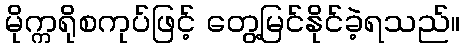
မိုက္ကရိုစကုပ်ဖြင့် တွေ့မြင်နိုင်ခဲ့ရသည်။